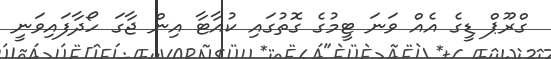
ގްރޫޕް ޑީގެ އެއް ވަނަ ޓީމުގެ ގޮތުގައި ކުއާޓާ އިން ޖާގަ ހޯދާފައިވަނީ